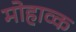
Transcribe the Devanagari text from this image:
मोहाव्क